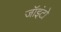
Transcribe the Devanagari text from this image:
जॉइंटो